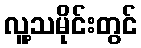
လူ့သမိုင်းတွင်